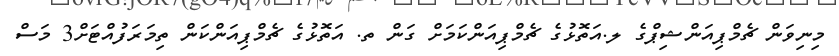
މިނިވަން ޗެމްޕިއަންޝިޕްގެ ލ.އަތޮޅުގެ ޗެމްޕިއަންކަމަށް ގަން ތ. އަތޮޅުގެ ޗެމްޕިއަންކަން ތިމަރަފުއްޓަށް3 މަސް